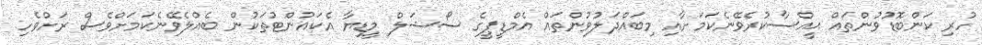
ހުރި ކަންބޮޑުވުންތައް ޙީއްސާކުރެވޭނެކަމަށާއި މިބައްދަލުވުންތައް އެމްޑީޕީގެ ސޯޝަލް މީޑިޔާ އެކައުންޓުތަކުން ބެއްލެވޭނެކަމަށްވެސް ރަށްވެހި